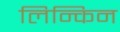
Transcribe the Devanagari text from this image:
लिन्किन